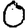
Digit: 0